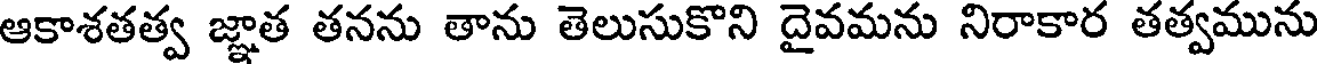
ఆకాశతత్వ జ్ఞాత తనను తాను తెలుసుకొని దైవమను నిరాకార తత్వమును